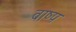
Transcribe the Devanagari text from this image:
वाष्‍प